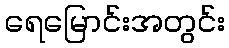
ရေမြောင်းအတွင်း